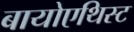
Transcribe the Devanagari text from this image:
बायोएथिस्ट